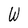
Character: W